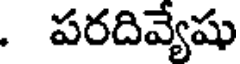
. పరదివ్యేషు